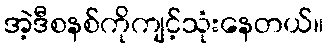
အဲ့ဒီစနစ်ကိုကျင့်သုံးနေတယ်။